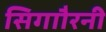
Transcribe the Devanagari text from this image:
सिगाौरनी